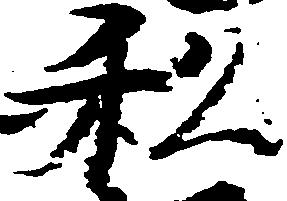
私